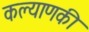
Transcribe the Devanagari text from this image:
कल्याणकी